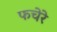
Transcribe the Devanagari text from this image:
फचेरे